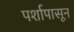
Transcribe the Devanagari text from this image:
पर्शापासून